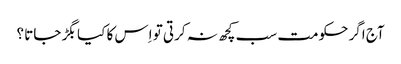
آج اگر حکومت سب کچھ نہ کرتی تو اِس کا کیا بگڑ جاتا ؟